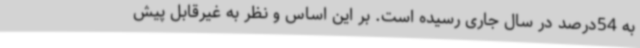
به 54درصد در سال جاری رسیده است. بر این اساس و نظر به غیرقابل پیش